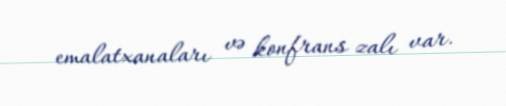
emalatxanaları və konfrans zalı var.